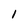
Character: 1